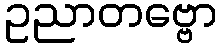
ဥညာတဗ္ဗော